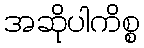
အဆိုပါကိစ္စ